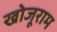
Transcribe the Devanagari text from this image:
खोजूराम